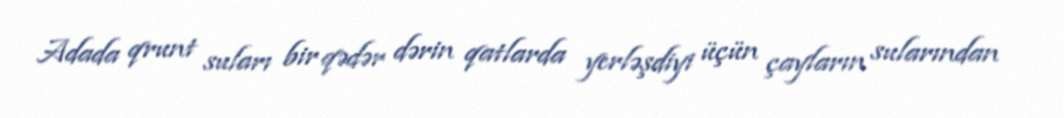
Adada qrunt suları bir qədər dərin qatlarda yerləşdiyi üçün çayların sularından